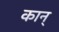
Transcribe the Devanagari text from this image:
कान्‌